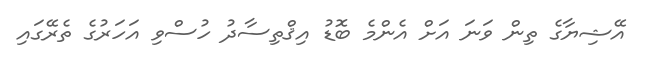
އޭޝިޔާގެ ތިން ވަނަ އަށް އެންމެ ބޮޑު އިޤްތިސާދު ހުސްވި އަހަރުގެ ތެރޭގައި